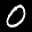
Label: 0